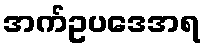
အက်ဥပဒေအရ